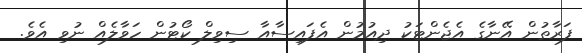
ފަރާތުން އޭނާގެ އެޖެންޓަކު ދިއުމުން އެފައިސާއާ ސިވިލް ކޯޓުން ހަވާލެއް ނުވި އެވެ.